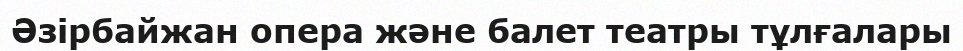
Әзірбайжан опера және балет театры тұлғалары